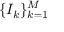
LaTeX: \{ I _ { k } \} _ { k = 1 } ^ { M }